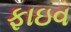
ફાઇવ